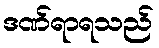
ဒဏ်ရာရသည်